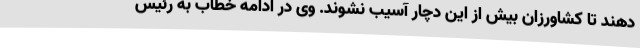
دهند تا کشاورزان بیش از این دچار آسیب نشوند. وی در ادامه خطاب به رئیس